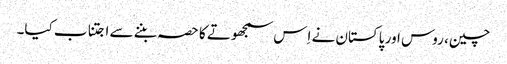
چین، روس اور پاکستان نے اِس سمجھوتے کا حصہ بننے سے اجتناب کیا۔